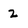
Character: z